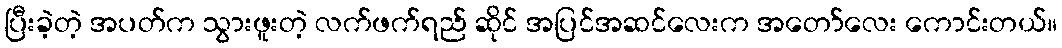
ပြီးခဲ့တဲ့ အပတ်က သွားဖူးတဲ့ လက်ဖက်ရည် ဆိုင် အပြင်အဆင်လေးက အတော်လေး ကောင်းတယ်။